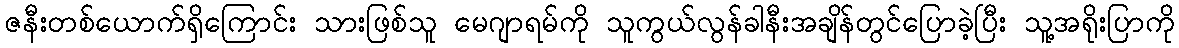
ဇနီးတစ်ယောက်ရှိကြောင်း သားဖြစ်သူ မေဂျာရမ်ကို သူကွယ်လွန်ခါနီးအချိန်တွင်ပြောခဲ့ပြီး သူ့အရိုးပြာကို